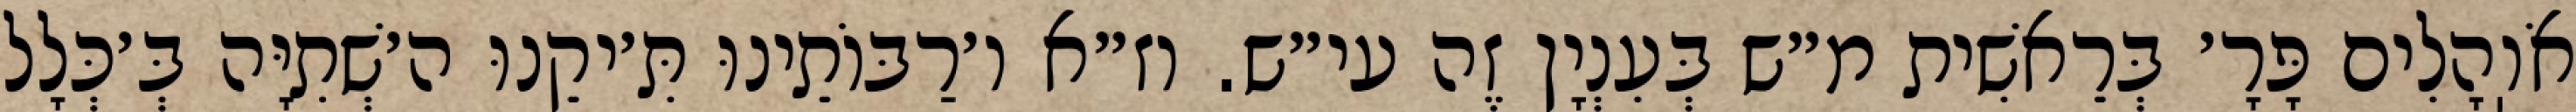
אֹוֽהָלִים פָּרָ׳ בְּרֵאשִׁית מ״ש בְּעִנְיָן זֶה עי״ש. וז״א ו׳רַבּוֹתֵינוּ תִּ׳יקֵנוּ ה׳שְׁתִיָּה בְּ׳כְּלָל